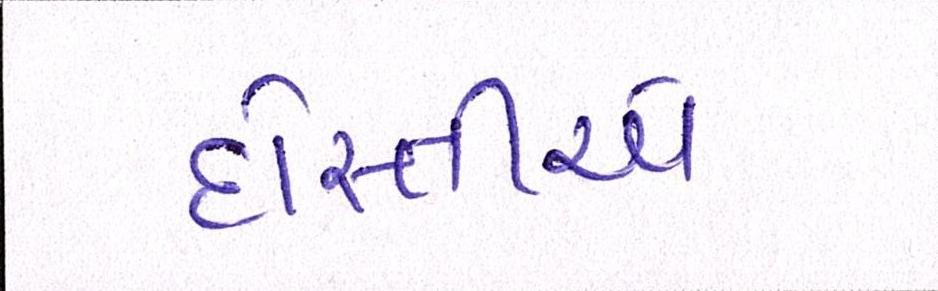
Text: દોસ્તીએ